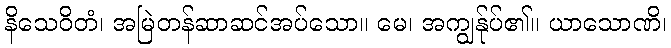
နိသေဝိတံ၊ အမြဲတန်ဆာဆင်အပ်သော။ မေ၊ အကျွန်ုပ်၏။ ယာသောဏိ၊